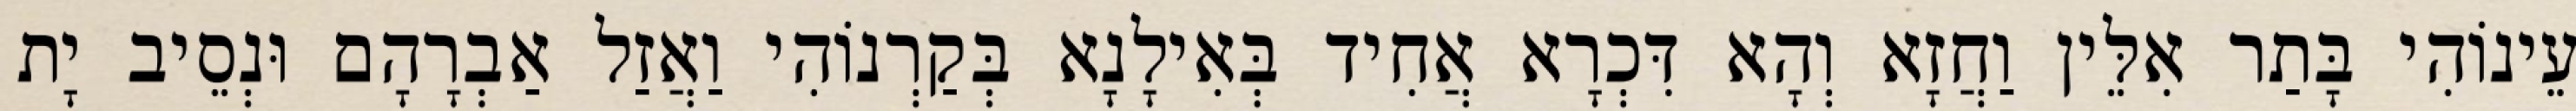
עֵינוֹהִי בָּתַר אִלֵּין וַחֲזָא וְהָא דִּכְרָא אֲחִיד בְּאִילָנָא בְּקַרְנוֹהִי וַאֲזַל אַבְרָהָם וּנְסֵיב יָת